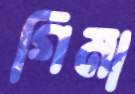
গিমা